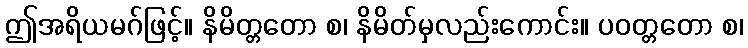
ဤအရိယမဂ်ဖြင့်။ နိမိတ္တတော စ၊ နိမိတ်မှလည်းကောင်း။ ပဝတ္တတော စ၊